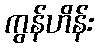
ကွန်ဟိန်း